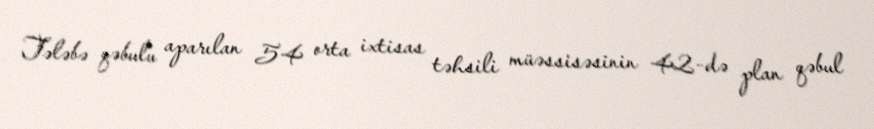
Tələbə qəbulu aparılan 54 orta ixtisas təhsili müəssisəsinin 42-də plan qəbul